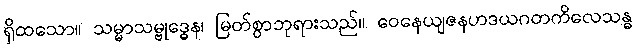
ရှိထသော။ သမ္မာသမ္ဗုဒ္ဓေန၊ မြတ်စွာဘုရားသည်။ ဝေနေယျဇနဟဒယဂတကိလေသန္ဓ